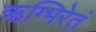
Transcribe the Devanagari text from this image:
ऋग्भिरेतं